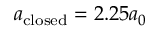
a _ { \mathrm { c l o s e d } } = 2 . 2 5 a _ { 0 }